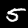
Label: 5